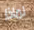
لماذا